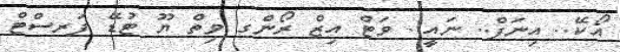
އޯކޭ.. އިނަފް.. ނައީ.. ވަޓް އިޒް ރޯންގ ވިތް ޔޫ ޓުޑޭ ފަރސްޓް